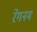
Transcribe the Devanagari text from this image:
रेगनम